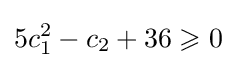
5c_{1}^{2}-c_{2}+36\geqslant 0